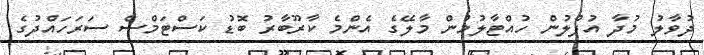
ދުވާލު މުދާ އުފުލުން ހުއްޓާލުމުން މާލޭގެ އެންމެ ކާރޫބާރު ބޮޑު ކަސްޓަމްސް ސަރަހައްދުގެ